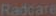
Radcare